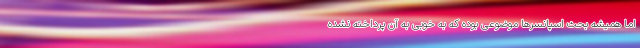
اما همیشه بحث اسپانسرها موضوعی بوده که به خوبی به آن پرداخته نشده